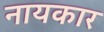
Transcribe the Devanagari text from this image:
नायकार